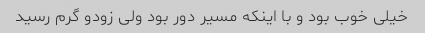
خیلی خوب بود و با اینکه مسیر دور بود ولی زودو گرم رسید